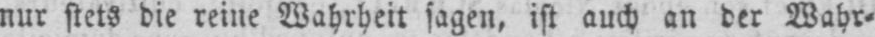
nur stets die reine Wahrheit sagen, ist auch an der Wahr⸗